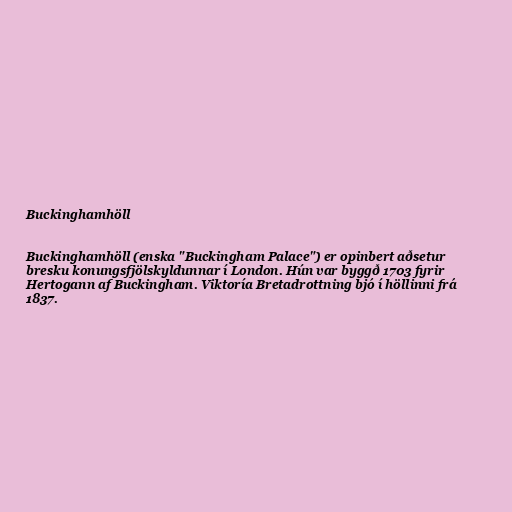
Buckinghamhöll

Buckinghamhöll (enska "Buckingham Palace") er opinbert aðsetur
bresku konungsfjölskyldunnar í London. Hún var byggð 1703 fyrir
Hertogann af Buckingham. Viktoría Bretadrottning bjó í höllinni frá
1837.